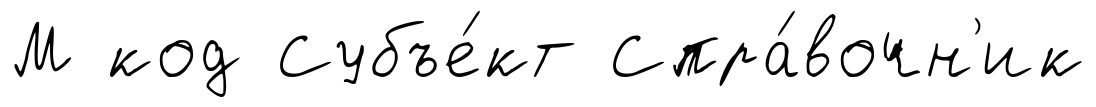
М код Субъе́кт Спра́вочн'ик